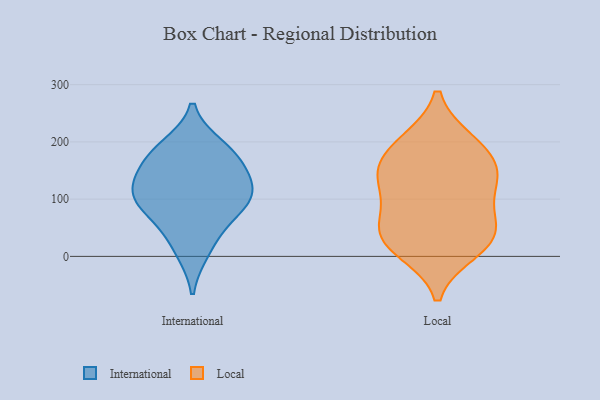
{"axis": {"x": "Bounce Rate (%)", "y": "Value"}, "legend": ["International", "Local"], "data": [{"x": "", "y": 92, "type": "International"}, {"x": "", "y": 102, "type": "International"}, {"x": "", "y": 53, "type": "International"}, {"x": "", "y": 10, "type": "International"}, {"x": "", "y": 176, "type": "International"}, {"x": "", "y": 98, "type": "International"}, {"x": "", "y": 123, "type": "International"}, {"x": "", "y": 133, "type": "International"}, {"x": "", "y": 170, "type": "International"}, {"x": "", "y": 191, "type": "International"}, {"x": "", "y": 11, "type": "Local"}, {"x": "", "y": 141, "type": "Local"}, {"x": "", "y": 139, "type": "Local"}, {"x": "", "y": 200, "type": "Local"}, {"x": "", "y": 32, "type": "Local"}, {"x": "", "y": 55, "type": "Local"}, {"x": "", "y": 133, "type": "Local"}, {"x": "", "y": 197, "type": "Local"}, {"x": "", "y": 167, "type": "Local"}, {"x": "", "y": 95, "type": "Local"}, {"x": "", "y": 49, "type": "Local"}, {"x": "", "y": 23, "type": "Local"}]}